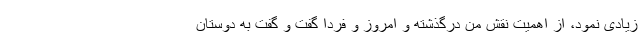
زیادی نمود، از اهمیت نقش من درگذشته و امروز و فردا گفت و گفت به دوستان